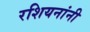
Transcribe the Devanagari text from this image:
रशियनांनी